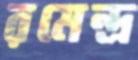
রমেন্দ্র